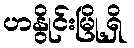
ဟနွိုင်းမြို့ရှိ